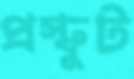
প্রস্ফুট